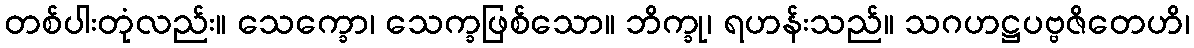
တစ်ပါးတုံလည်း။ သေက္ခော၊ သေက္ခဖြစ်သော။ ဘိက္ခု၊ ရဟန်းသည်။ သဂဟဋ္ဌပဗ္ဗဇိတေဟိ၊